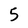
Character: 5